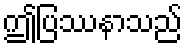
ဤပြဿနာသည်